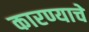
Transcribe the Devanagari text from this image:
कारण्याचे